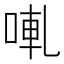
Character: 𠵣